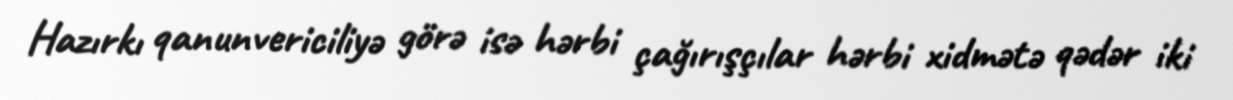
Hazırkı qanunvericiliyə görə isə hərbi çağırışçılar hərbi xidmətə qədər iki